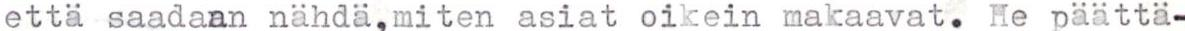
että saadaan nähdä,miten asiat oikein makaavat. He päättä-